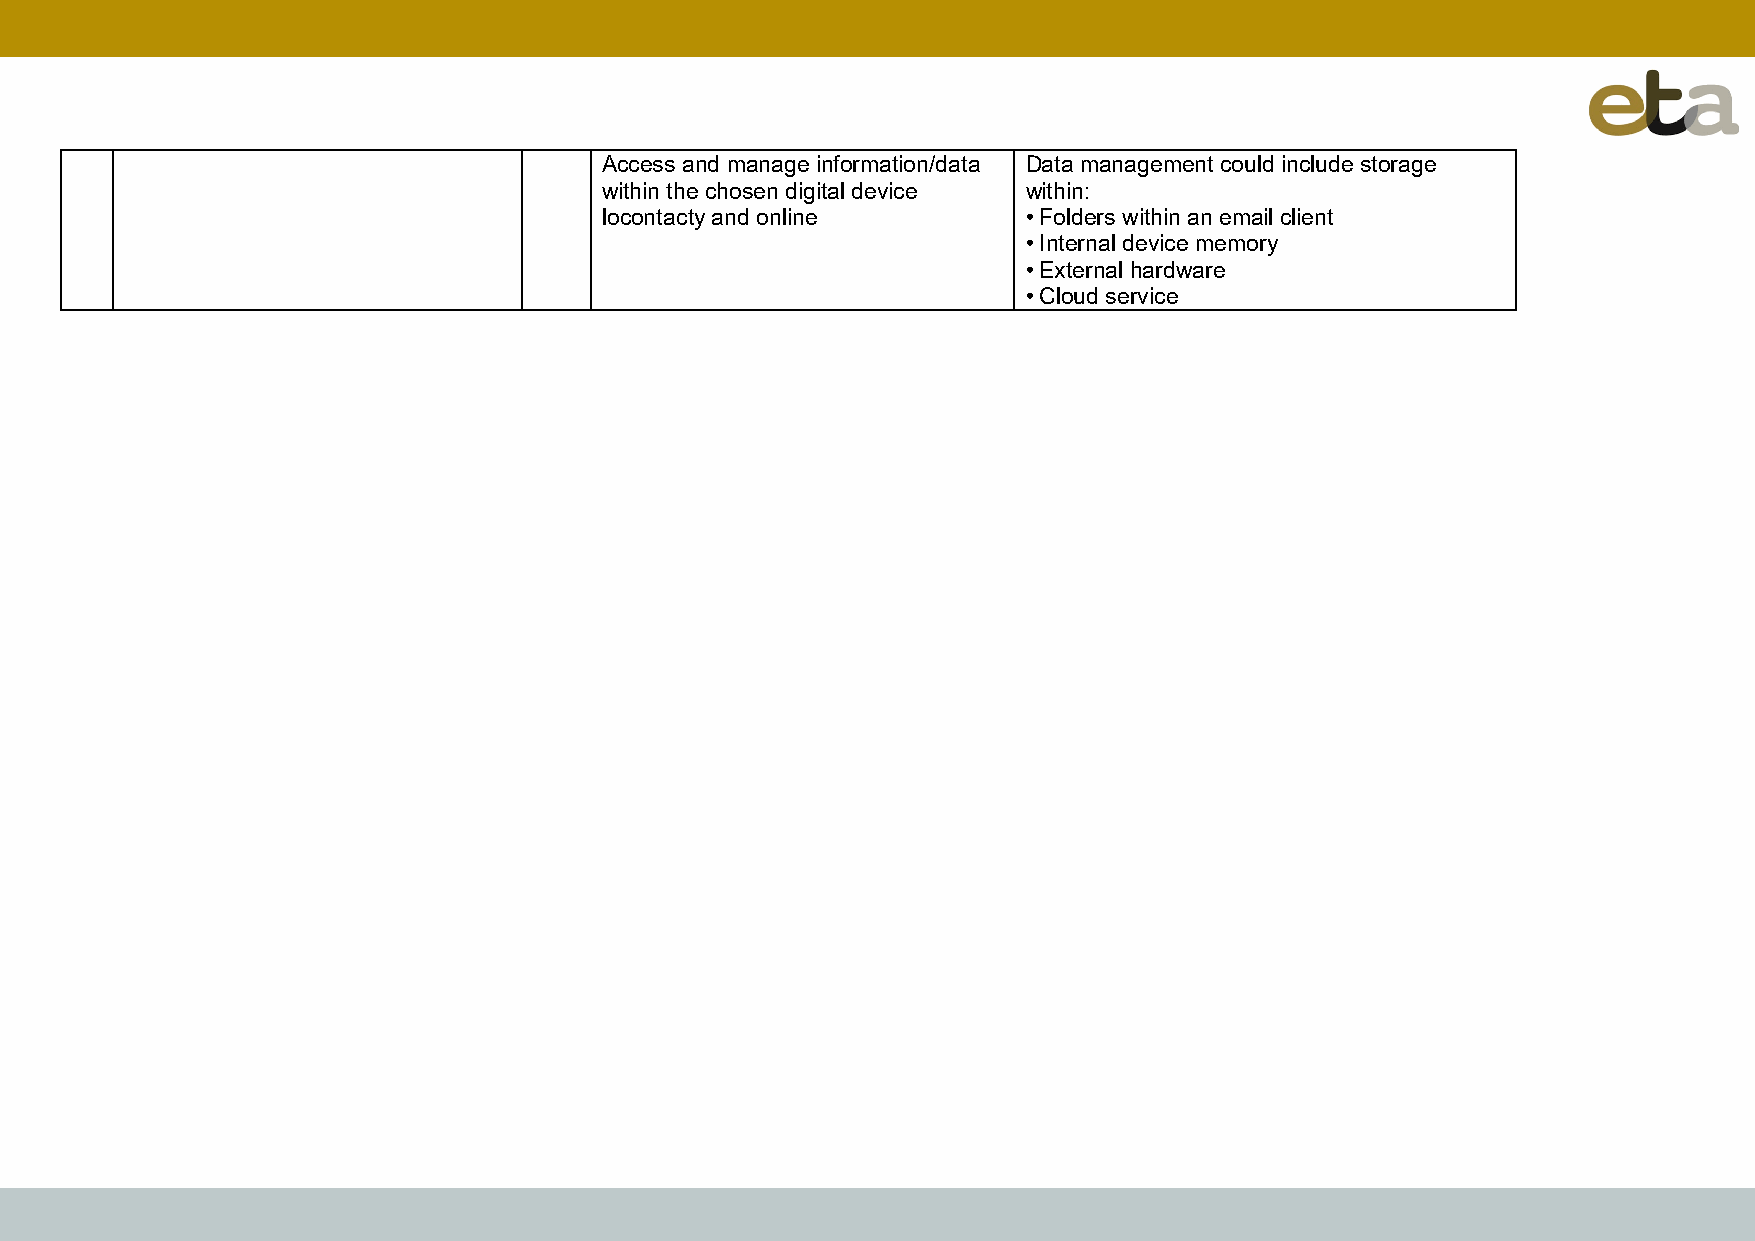
Access and manage information/data Data management could include storage
 within the chosen digital device within:
 locontacty and online       • Folders within an email client
 • Internal device memory
 • External hardware
 • Cloud service